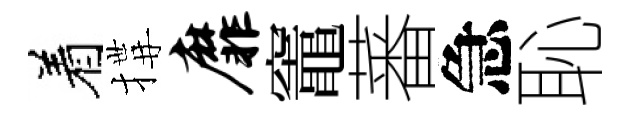
着搆靡竈蕃急恥